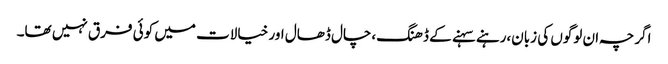
اگرچہ ان لوگوں کی زبان،رہنے سہنے کے ڈھنگ،چال ڈھال اور خیالات میں کوئی فرق نہیں تھا۔